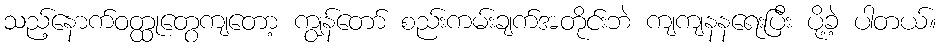
သည့်နောက်ဝတ္ထုတွေကျတော့ ကျွန်တော် စည်းကမ်းချက်အတိုင်းဘဲ ကျကျနနရေးပြီး ပို့ခဲ့ ပါတယ်။